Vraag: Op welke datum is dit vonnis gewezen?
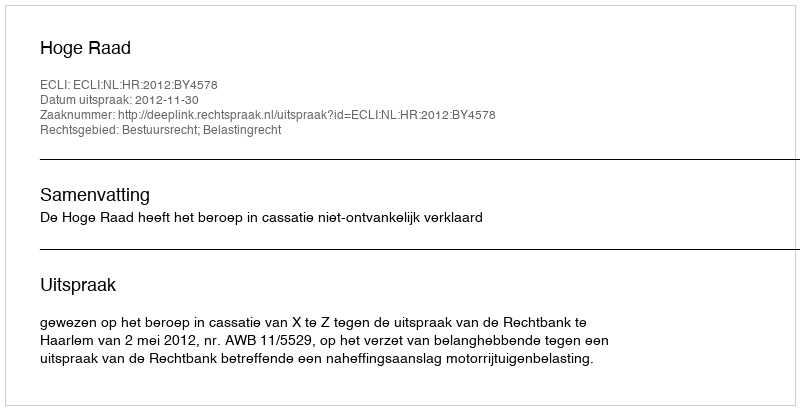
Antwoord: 2012-11-30